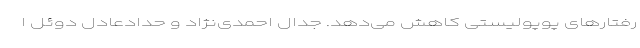
رفتارهای پوپولیستی کاهش می‌دهد. جدال احمدی‌نژاد و حدادعادل دوئل ا